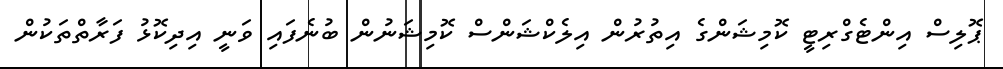
ޕޮލިސް އިންޓެގްރިޓީ ކޮމިޝަންގެ އިތުރުން އިލެކްޝަންސް ކޮމިޝަނުން ބުނެފައި ވަނީ އިދިކޮޅު ފަރާތްތަކުން